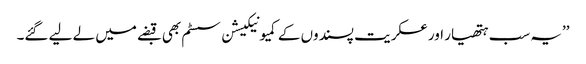
’’یہ سب ہتھیار اور عسکریت پسندوں کے کمیونیکیشن سسٹم بھی قبضے میں لے لیے گئے۔